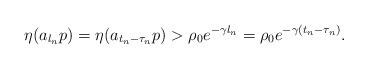
LaTeX: \begin{align*}\eta(a_{l_n}p)=\eta(a_{t_n-\tau_n}p)>\rho_0 e^{-\gamma l_n}=\rho_0 e^{-\gamma(t_n-\tau_n)}.\end{align*}